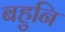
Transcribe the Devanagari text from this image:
बहुनि